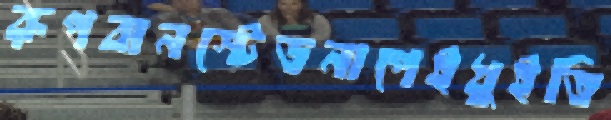
রূপবানস্টেডনাপেইধুইতি